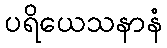
ပရိယေသနာနံ